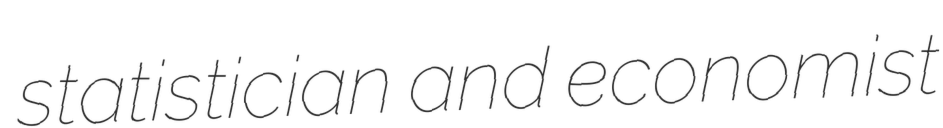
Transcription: statistician and economist